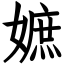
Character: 嫬